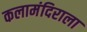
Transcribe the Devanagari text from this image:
कलामंदिराला